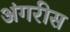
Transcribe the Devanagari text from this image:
अंगरीस